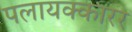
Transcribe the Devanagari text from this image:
पलायक्कारर